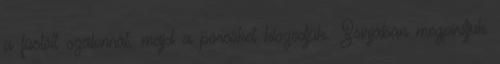
a füstölt szalonnát, majd a pörcöket kiszedjük. Zsírjában megpirítjuk